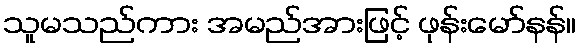
သူမသည်ကား အမည်အားဖြင့် ဖုန်းမော်နန်။